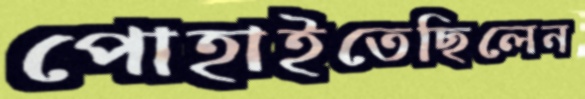
পোহাইতেছিলেন